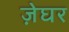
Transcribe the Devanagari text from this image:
ज़ेघर